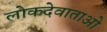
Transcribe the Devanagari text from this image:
लोकदेवाताओ